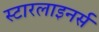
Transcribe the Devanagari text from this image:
स्टारलाइनर्स